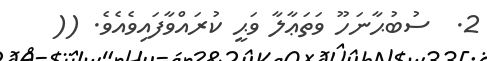
2.  ސުބުޙާނަހޫ ވަތަޢާލާ ވަޙީ ކުރައްވާފައިވެއެވެ. ((